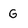
Character: G